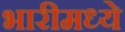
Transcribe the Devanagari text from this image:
भारीमध्ये